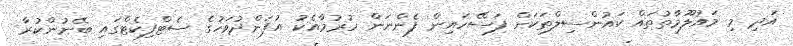
އަދި މި މައުލޫމާތުތައް ކައުންސިލްތަކަށް ފަސޭހައިން ފެންނަން ހުރުމާއެކު އުފަންދުވަހުގެ ސެޓްފިކެޓްގައި ބޭނުންކުރާ